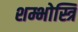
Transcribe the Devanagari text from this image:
शम्भोस्त्रि